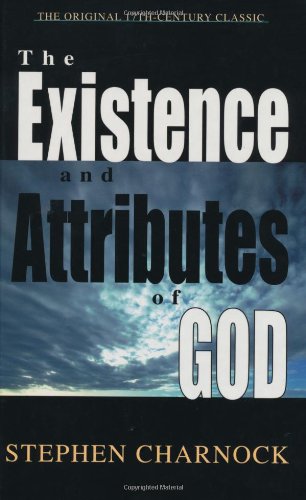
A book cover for Existence and Attributes of God, The; Stephen Charnock; Christian Books & Bibles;